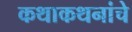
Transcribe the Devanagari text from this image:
कथाकथनांचे